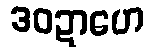
ဒဝဍာဟေ